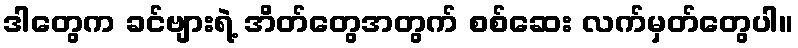
ဒါတွေက ခင်ဗျားရဲ့ အိတ်တွေအတွက် စစ်ဆေး လက်မှတ်တွေပါ။